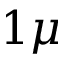
1 \mu